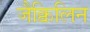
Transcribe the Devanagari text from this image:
जैक्विलिन